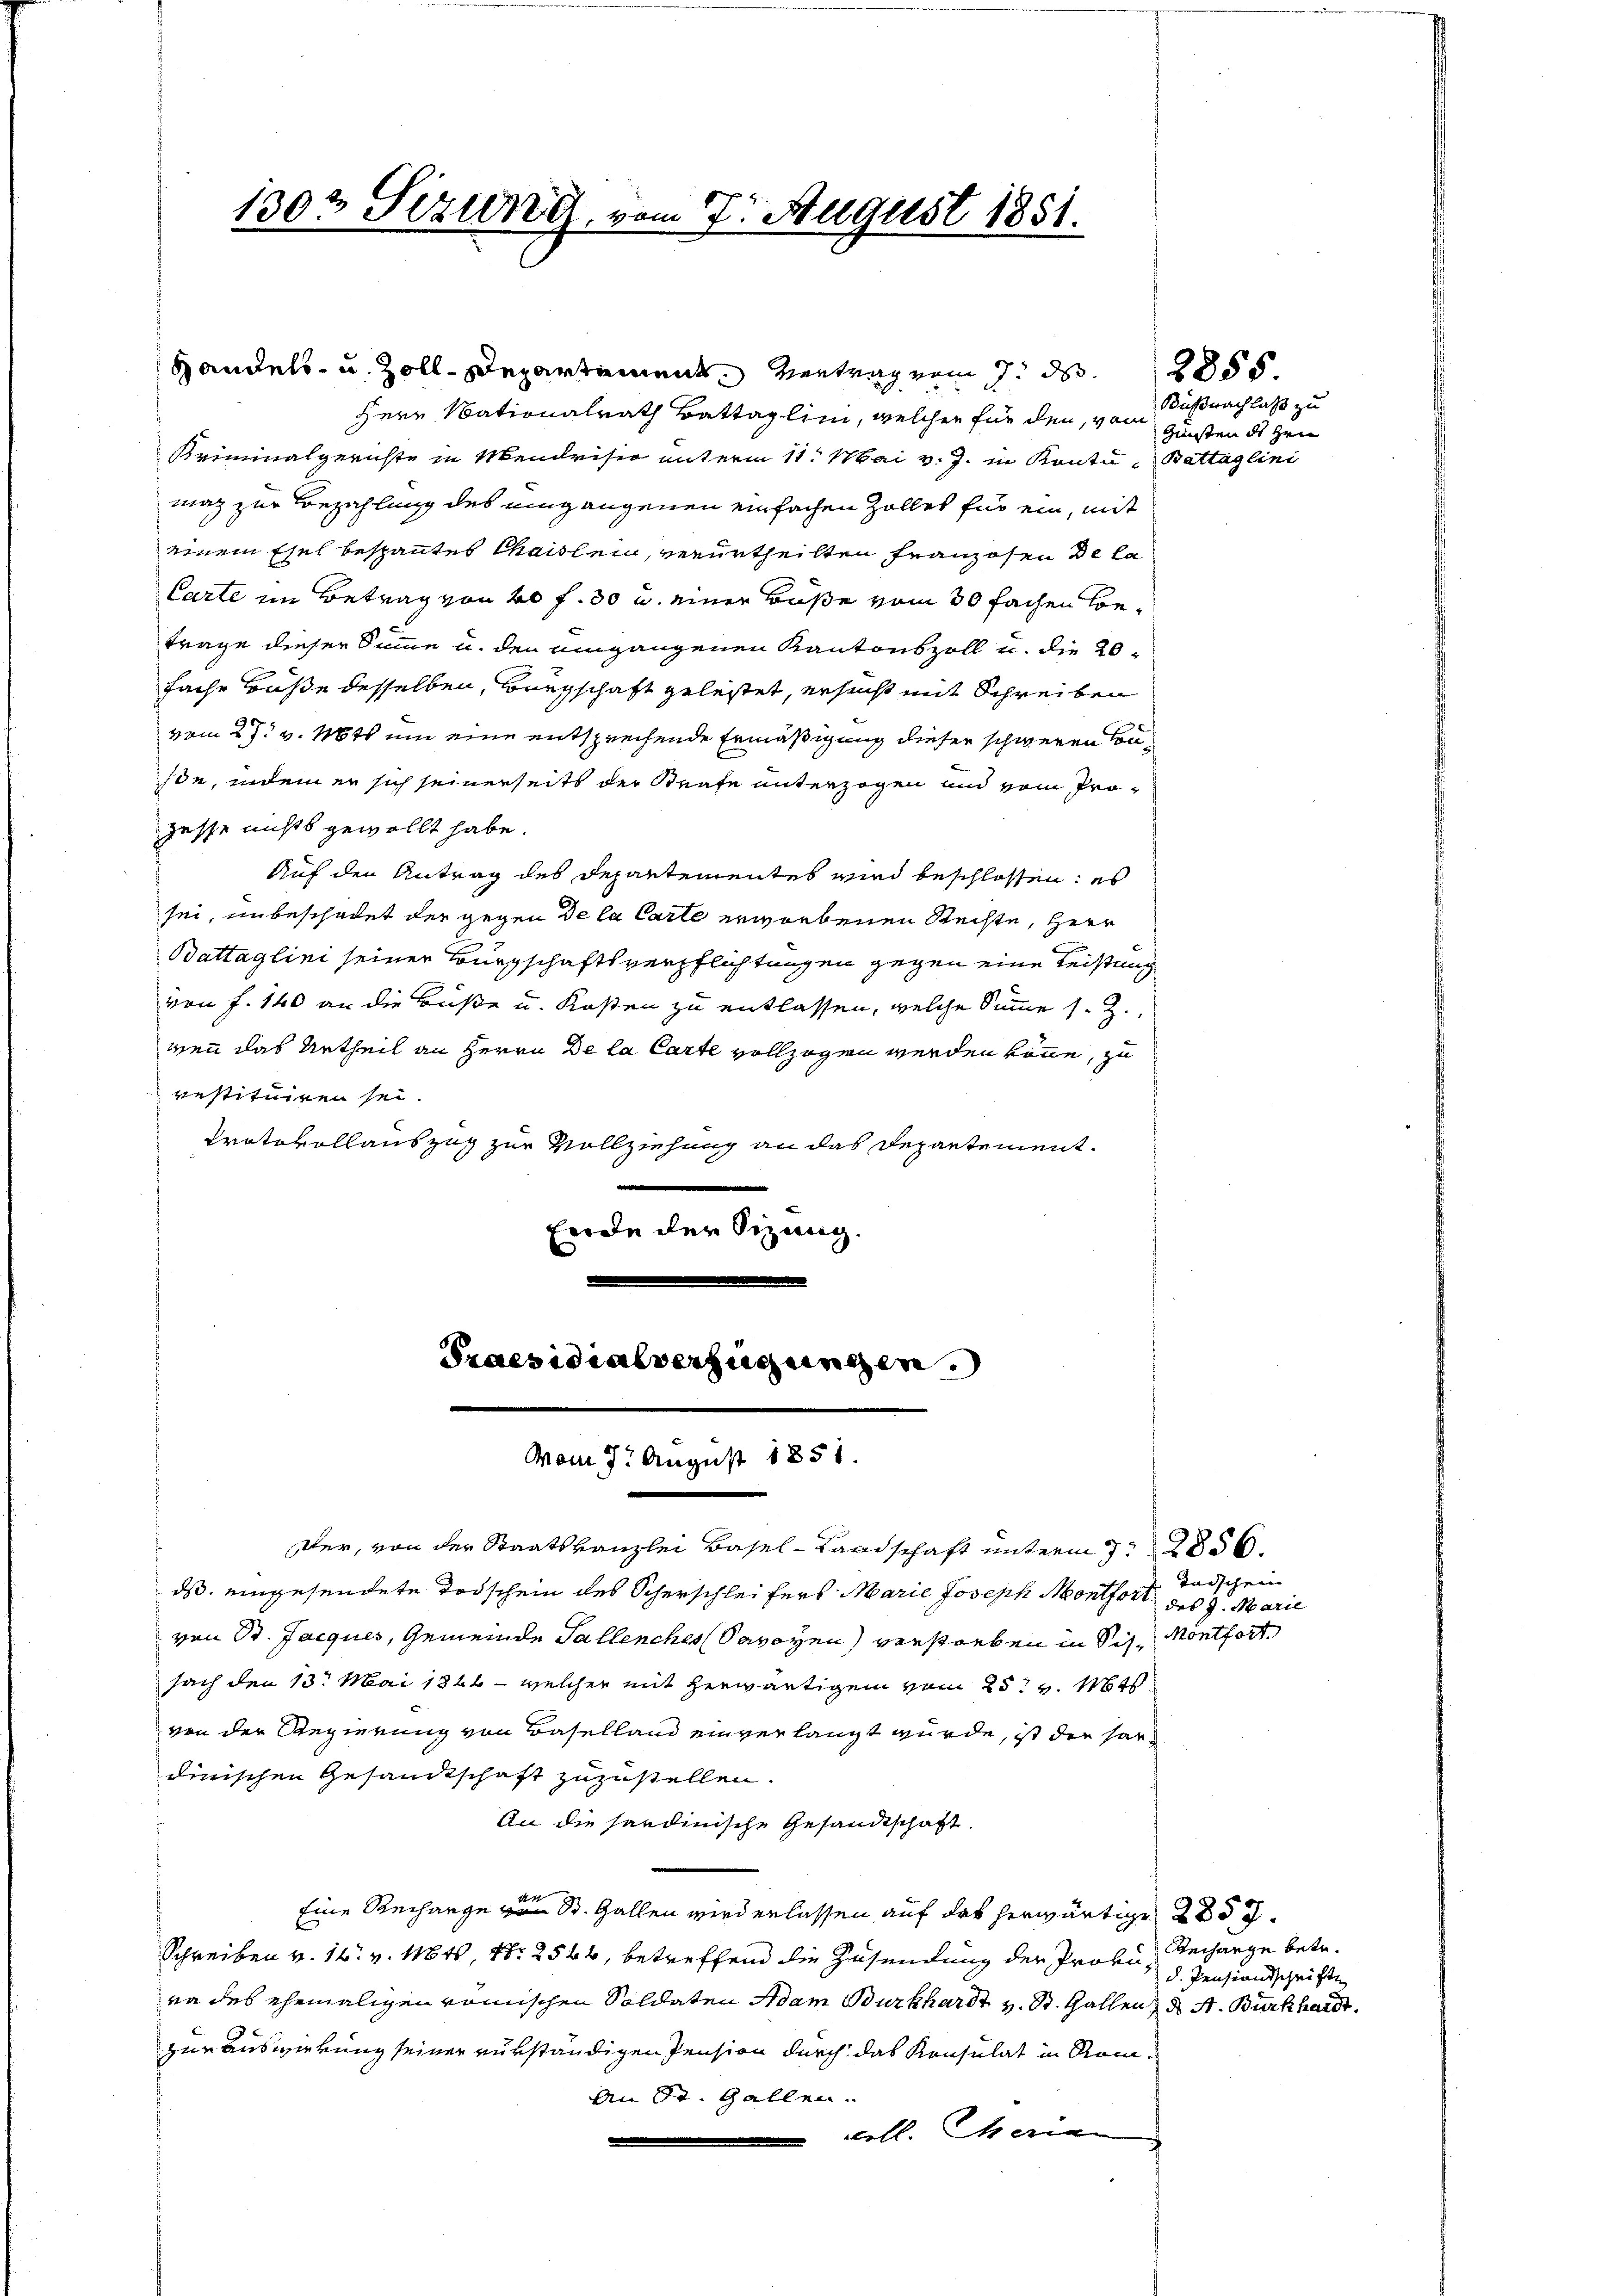
Herr Nationalrath Battaglini, welcher für den, von Gunsten des Hrn
Kriminalgerichte in Mendrisio unterm 11. Mai v. J. in Kontu- Battaglini
mag zur Bezahlung des eingangenen einfachen Zolles für ein, mit
einem Esel bespanntes Chaislein, verurtheilten Franzosen de la
Carte im Betrag von 20 f 30 u. einer Buße vom 30 fachen Contrage dieser Sinne u. den umgangenen Kantonszoll u. die 20
fache Buße desselben, Bürgschaft gelestet, ersucht mit Schreiben
vom 27. v. Mts um eine entsprechende Ermäßigung dieser schweren Conson, indem er sich seinerseits der Strafe unterzogen und vom Progesse nichts gewollt habe.
Auf den Antrag des Departementes wird beschlossen: es
sei, unbeschadet der gegen de la Carte erworbenen Rechte, Herr
Battaglini seiner Bürgschaftsverpflichtungen gegen eine Leistung
von f. 140 an die Buße u. Kosten zu entlassen, welche Summe s. Z.,
wen das Urtheil an Herrn De la Carte vollzogen werden könne, zu
restituiren sei.
Protokollauszug zur Vollziehung an das Departement.
ferde der Sizung.

1303 Sizung, vom 7. August 1851.

Handels- u. Zoll-Departement. Vertrag vom 7. d.

Praesidialverfügungen.
vom 7. August 1851.

Küßnachlaß zu

Der, von der Staatskanzlei Basel-Landschaft unterm 7. 2856
ds. eingesendete Todschein des Scherschleifers Marie Joseph Montfort des 9. Marie
ven St. Jacques, Gemeinde Tallenches Savoyen verstorben in Sitfach den 13. Mai 1864 - welcher mit herwärtigen vom 25t v. Mts.
von der Regierung von Baselland einverlangt wurde, ist die hardinischen Gesandtschaft zuzustellen.
An die sandinische Gesandtschaft.
Eine Recharge von St. Gallen wird erlassen auf das herwärtige 2857.
Schreiben v. 14. v. 18t, Nr. 2544, betreffend die Zusendung der Proku= Recharge betr.
na des ehemaligen römischen Soldaten Adam Burkhardt v. St. Gallen, ds A. Burkhardt.
zur Auswirkung seiner verständigen Pension durch das Konsulat in Rom¬
An St. Gallen.
voll. Meria

2855

Tadschen
Montfort.

d. Pensionsschrifte